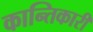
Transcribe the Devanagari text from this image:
कान्तिकारी